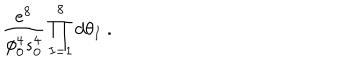
LaTeX: \frac { e ^ { 8 } } { \phi _ { 0 } ^ { 4 } s _ { 0 } ^ { 4 } } \prod _ { I = 1 } ^ { 8 } d \theta _ { I } \ .